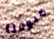
ضيوفنا